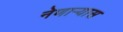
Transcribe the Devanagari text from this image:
नेणाऱ्यास